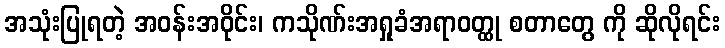
အသုံးပြုရတဲ့ အဝန်းအဝိုင်း၊ ကသိုဏ်းအရှုခံအရာဝတ္ထု စတာတွေ ကို ဆိုလိုရင်း